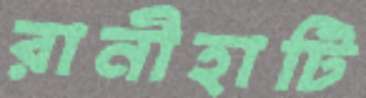
রানীহাটি